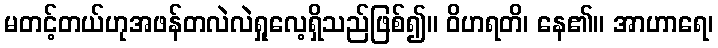
မတင့်တယ်ဟုအဖန်တလဲလဲရှုလေ့ရှိသည်ဖြစ်၍။ ဝိဟရတိ၊ နေ၏။ အာဟာရေ၊